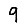
Digit: 9